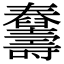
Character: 𦦾